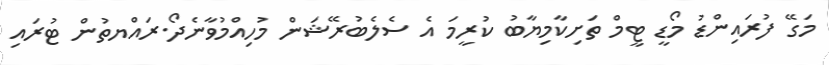
މަގޭ ފުރައިންޑު މޯޑީ ޓީމް ތަށިކާމިޔާބު ކުރީމަ އެ ސެލެބުރޭޝަން މުހިއްމުވާނެދޯ.ރައްޔތުން ޓުރައި